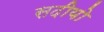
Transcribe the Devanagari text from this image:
सदीयो